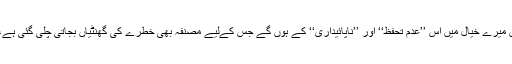
آنے والے دور میں سب رونے پس میرے خیال میں اس ’’عدم تحفظ‘‘ اور ’’ناپائیداری‘‘ کے ہوں گے جس کےلیے مصنفہ بھی خطرے کی گھنٹیاں بجاتی چلی گئی ہے، اگرچہ اس کا اپنا ایک حوالہ ہوگا۔